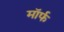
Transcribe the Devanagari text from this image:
मॉर्फ